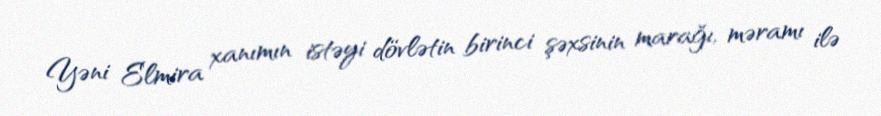
Yəni Elmira xanımın istəyi dövlətin birinci şəxsinin marağı, məramı ilə